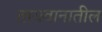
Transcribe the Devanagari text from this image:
तायवानातील